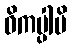
ဝိကပ္ပါမိ